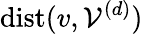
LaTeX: \mathrm{dist}(v,\mathcal{V}^{(d)})